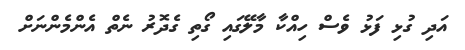
އަދި ގުޅި ފަޅު ވެސް ހިއްކާ މާލޭގައި ގޯތި ގެދޮރު ނެތް އެންމެންނަށް